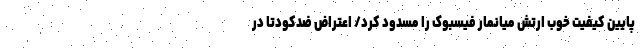
پایین کیفیت خوب ارتش میانمار فیسبوک را مسدود کرد/ اعتراض ضدکودتا در